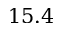
1 5 . 4